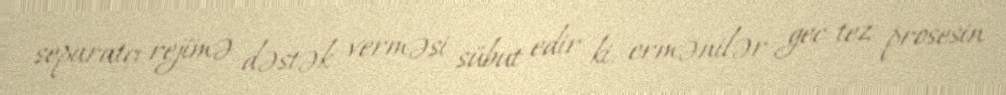
separatçı rejimə dəstək verməsi sübut edir ki, ermənilər gec-tez prosesin